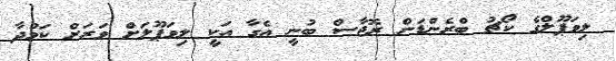
ލިވަޕޫލްގެ ކޯޗު ބްރެންޑަން ރޮޖާސް ބުނީ އެގާ އަކީ ލިވަޕޫލަށް ވަރަށް ކަމުދާ